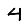
Digit: 4